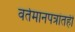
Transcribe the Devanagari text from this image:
वर्तमानपत्रांतही